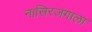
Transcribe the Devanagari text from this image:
नासिरजंगाला